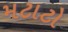
મટાટો